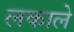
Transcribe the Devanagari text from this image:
लकाले